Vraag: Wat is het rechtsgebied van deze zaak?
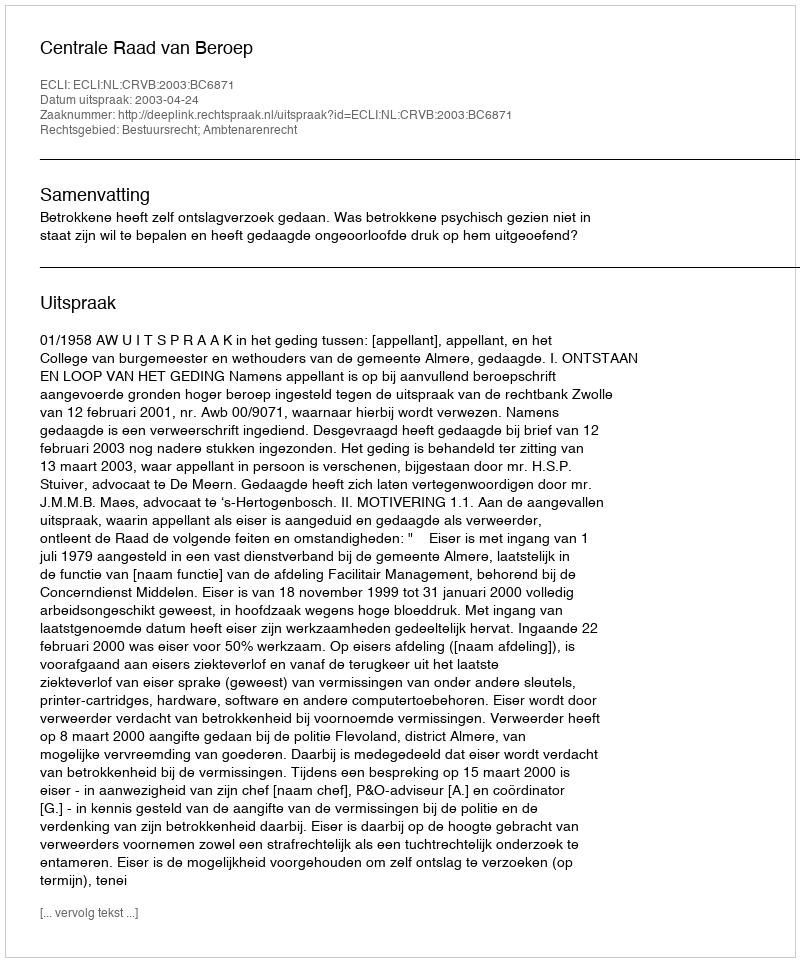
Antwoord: Bestuursrecht; Ambtenarenrecht